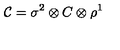
{ \cal C } = \sigma ^ { 2 } \otimes C \otimes \rho ^ { 1 }